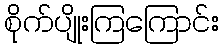
စိုက်ပျိုးကြကြောင်း